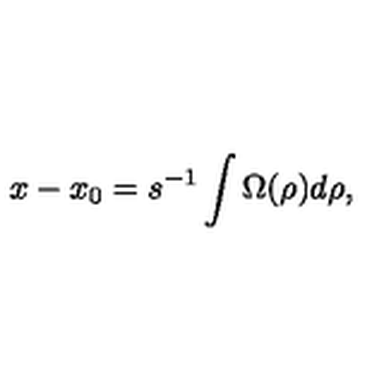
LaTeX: x - x _ { 0 } = s ^ { - 1 } \int \Omega ( \rho ) d \rho ,